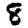
Digit: 8